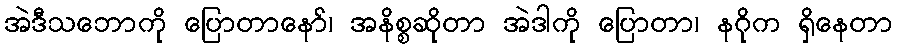
အဲဒီသဘောကို ပြောတာနော်၊ အနိစ္စဆိုတာ အဲဒါကို ပြောတာ၊ နဂိုက ရှိနေတာ